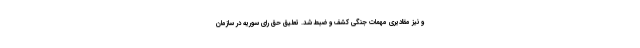
و نیز مقادیری مهمات جنگی کشف و ضبط شد. تعلیق حق رای سوریه در سازمان